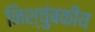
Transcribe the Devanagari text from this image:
निश्चुंबकीय